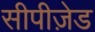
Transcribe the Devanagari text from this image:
सीपीज़ेड